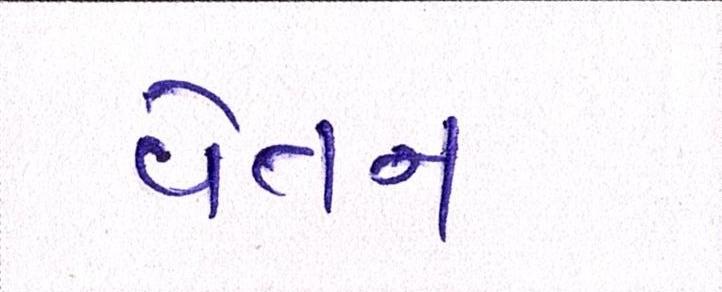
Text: વેતન